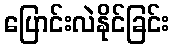
ပြောင်းလဲနိုင်ခြင်း